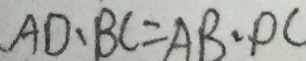
A D \cdot B C = A B \cdot D C